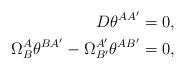
LaTeX: \begin{align*}D\theta^{AA^{\prime}} & =0,\\\Omega_{B}^{A}\theta^{BA^{\prime}}-\Omega_{B^{\prime}}^{A^{\prime}}\theta^{AB^{\prime}} & =0,\end{align*}